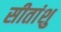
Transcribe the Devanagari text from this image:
सीतांशु